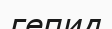
гепид